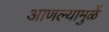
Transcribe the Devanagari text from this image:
आणल्यामुळें